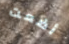
أضعت